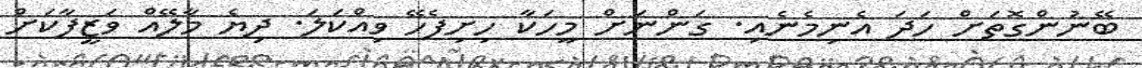
ބޭނުންގޮތަށް ހަދަ އެނިމެނެއި. ގަންނަށް މީހަކާ ހިށިފެހޭ ވިއްކަލަ. ދިޔެ މާލޭއް ވަޒީފާކަށް